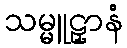
သမ္မူဠှာနံ